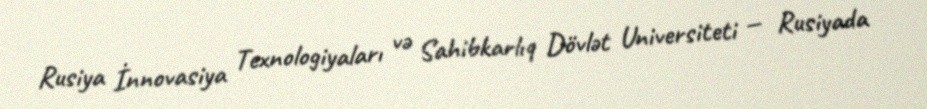
Rusiya İnnovasiya Texnologiyaları və Sahibkarlıq Dövlət Universiteti — Rusiyada